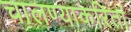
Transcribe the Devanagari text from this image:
चालण्याकरितां